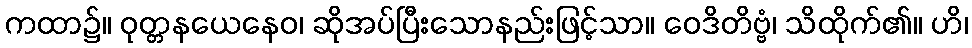
ကထာ၌။ ဝုတ္တနယေနေဝ၊ ဆိုအပ်ပြီးသောနည်းဖြင့်သာ။ ဝေဒိတိဗ္ဗံ၊ သိထိုက်၏။ ဟိ၊